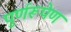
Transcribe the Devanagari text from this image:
पुर्णरूपेण